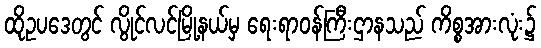
ထိုဥပဒေတွင် လွိုင်လင်မြို့နယ်မှ ရေးရာဝန်ကြီးဌာနသည် ကိစ္စအားလုံး၌